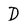
Character: D